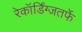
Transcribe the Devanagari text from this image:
रेकॉर्डिंग्जतर्फे